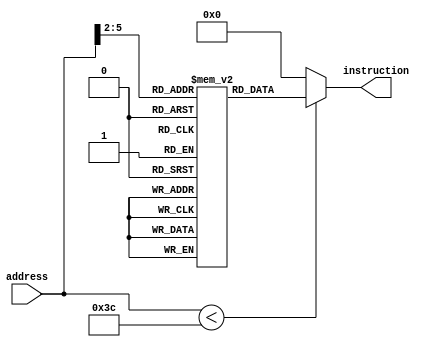
`timescale 1 ps / 100 fs
//supports 15 instructions of 32 bit size
module InstructionMem(instruction, address);
	output [31:0] instruction;
	input [31:0] address;
	wire [3:0] rom_addr;
	reg[31:0] rom[14:0];

	
	assign rom_addr[3:0] = address[5:2];
	
	initial begin
		rom[0] = 32'b00100000000100010000000000000001;
		rom[1] = 32'b00100000000100100000000000000010;
		rom[2] = 32'b00100000000100110000000000000011;
		rom[3] = 32'b00000010011100011010000000100000;
		rom[4] = 32'b00100010100101010000000000000010;
		rom[5] = 32'b00101010101010100000000000001010;
		rom[6] = 32'b10101110110101010000000000001000;
		rom[7] = 32'b00010010001010100000000000000001;
		rom[8] = 32'b00100010001100100000000000000100;
		rom[9] = 32'b00000010001100100100000000100101;
		rom[10] = 32'b00001000000000000000000000001100;
		rom[11] = 32'b00100000000010010000000000100000;
		rom[12] = 32'b10001110110100000000000000001000;
		rom[13] = 32'b00000000000000000000000000000000;
		rom[14] = 32'b00000000000000000000000000000000;
	end
	
	assign instruction = (address[31:0]<60)?rom[rom_addr[3:0]]:32'd0;

endmodule